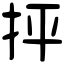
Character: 抨